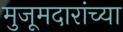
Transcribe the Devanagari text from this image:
मुजूमदारांच्या